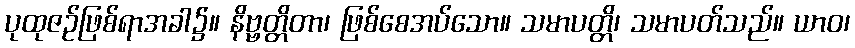
ပုထုဇဉ်ဖြစ်ရာအခါ၌။ နိဗ္ဗတ္တိတာ၊ ဖြစ်စေအပ်သော။ သမာပတ္တိ၊ သမာပတ်သည်။ ယာဝ၊